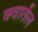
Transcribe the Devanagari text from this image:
क्वार्तल